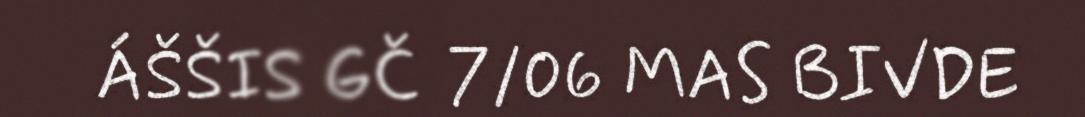
ÁŠŠIS GČ 7/06 MAS BIVDE